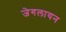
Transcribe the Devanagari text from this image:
जेगलायन